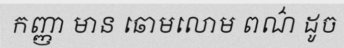
កញ្ញា មាន ឆោមលោម ពណ៌ ដូច